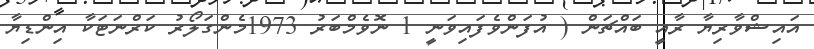
އައިޝްވާރިޔާ ރާއީ ބައްޗަން ( އުފަންވެފައިވަނީ 1 ނޮވެމްބަރު 1973މެންގަލޯރު ކަރްނަޓަކާ އިންޑިޔާ